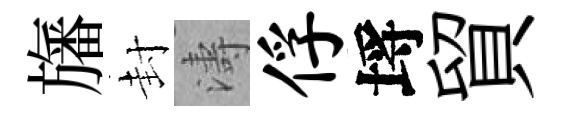
旛封濤俘埓貿